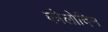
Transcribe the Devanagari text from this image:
कोलोदिन